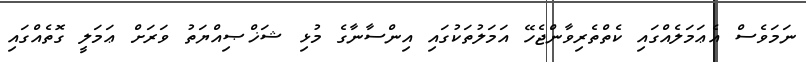
ނަމަވެސް އެޢަމަލެއްގައި ކެތްތެރިވާންޖެހޭ އަމަލުތަކުގައި އިންސާނާގެ މުޅި ޝަޚްޞިއްޔަތު ވަރަށް ޢަމަލީ ގޮތެއްގައި